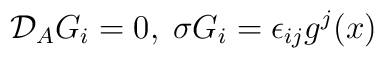
{\cal {D}}_{A}G_{i} = 0  , \hspace{3pt}  \sigma G_{i}= \epsilon_{ij} g^{j}(x)